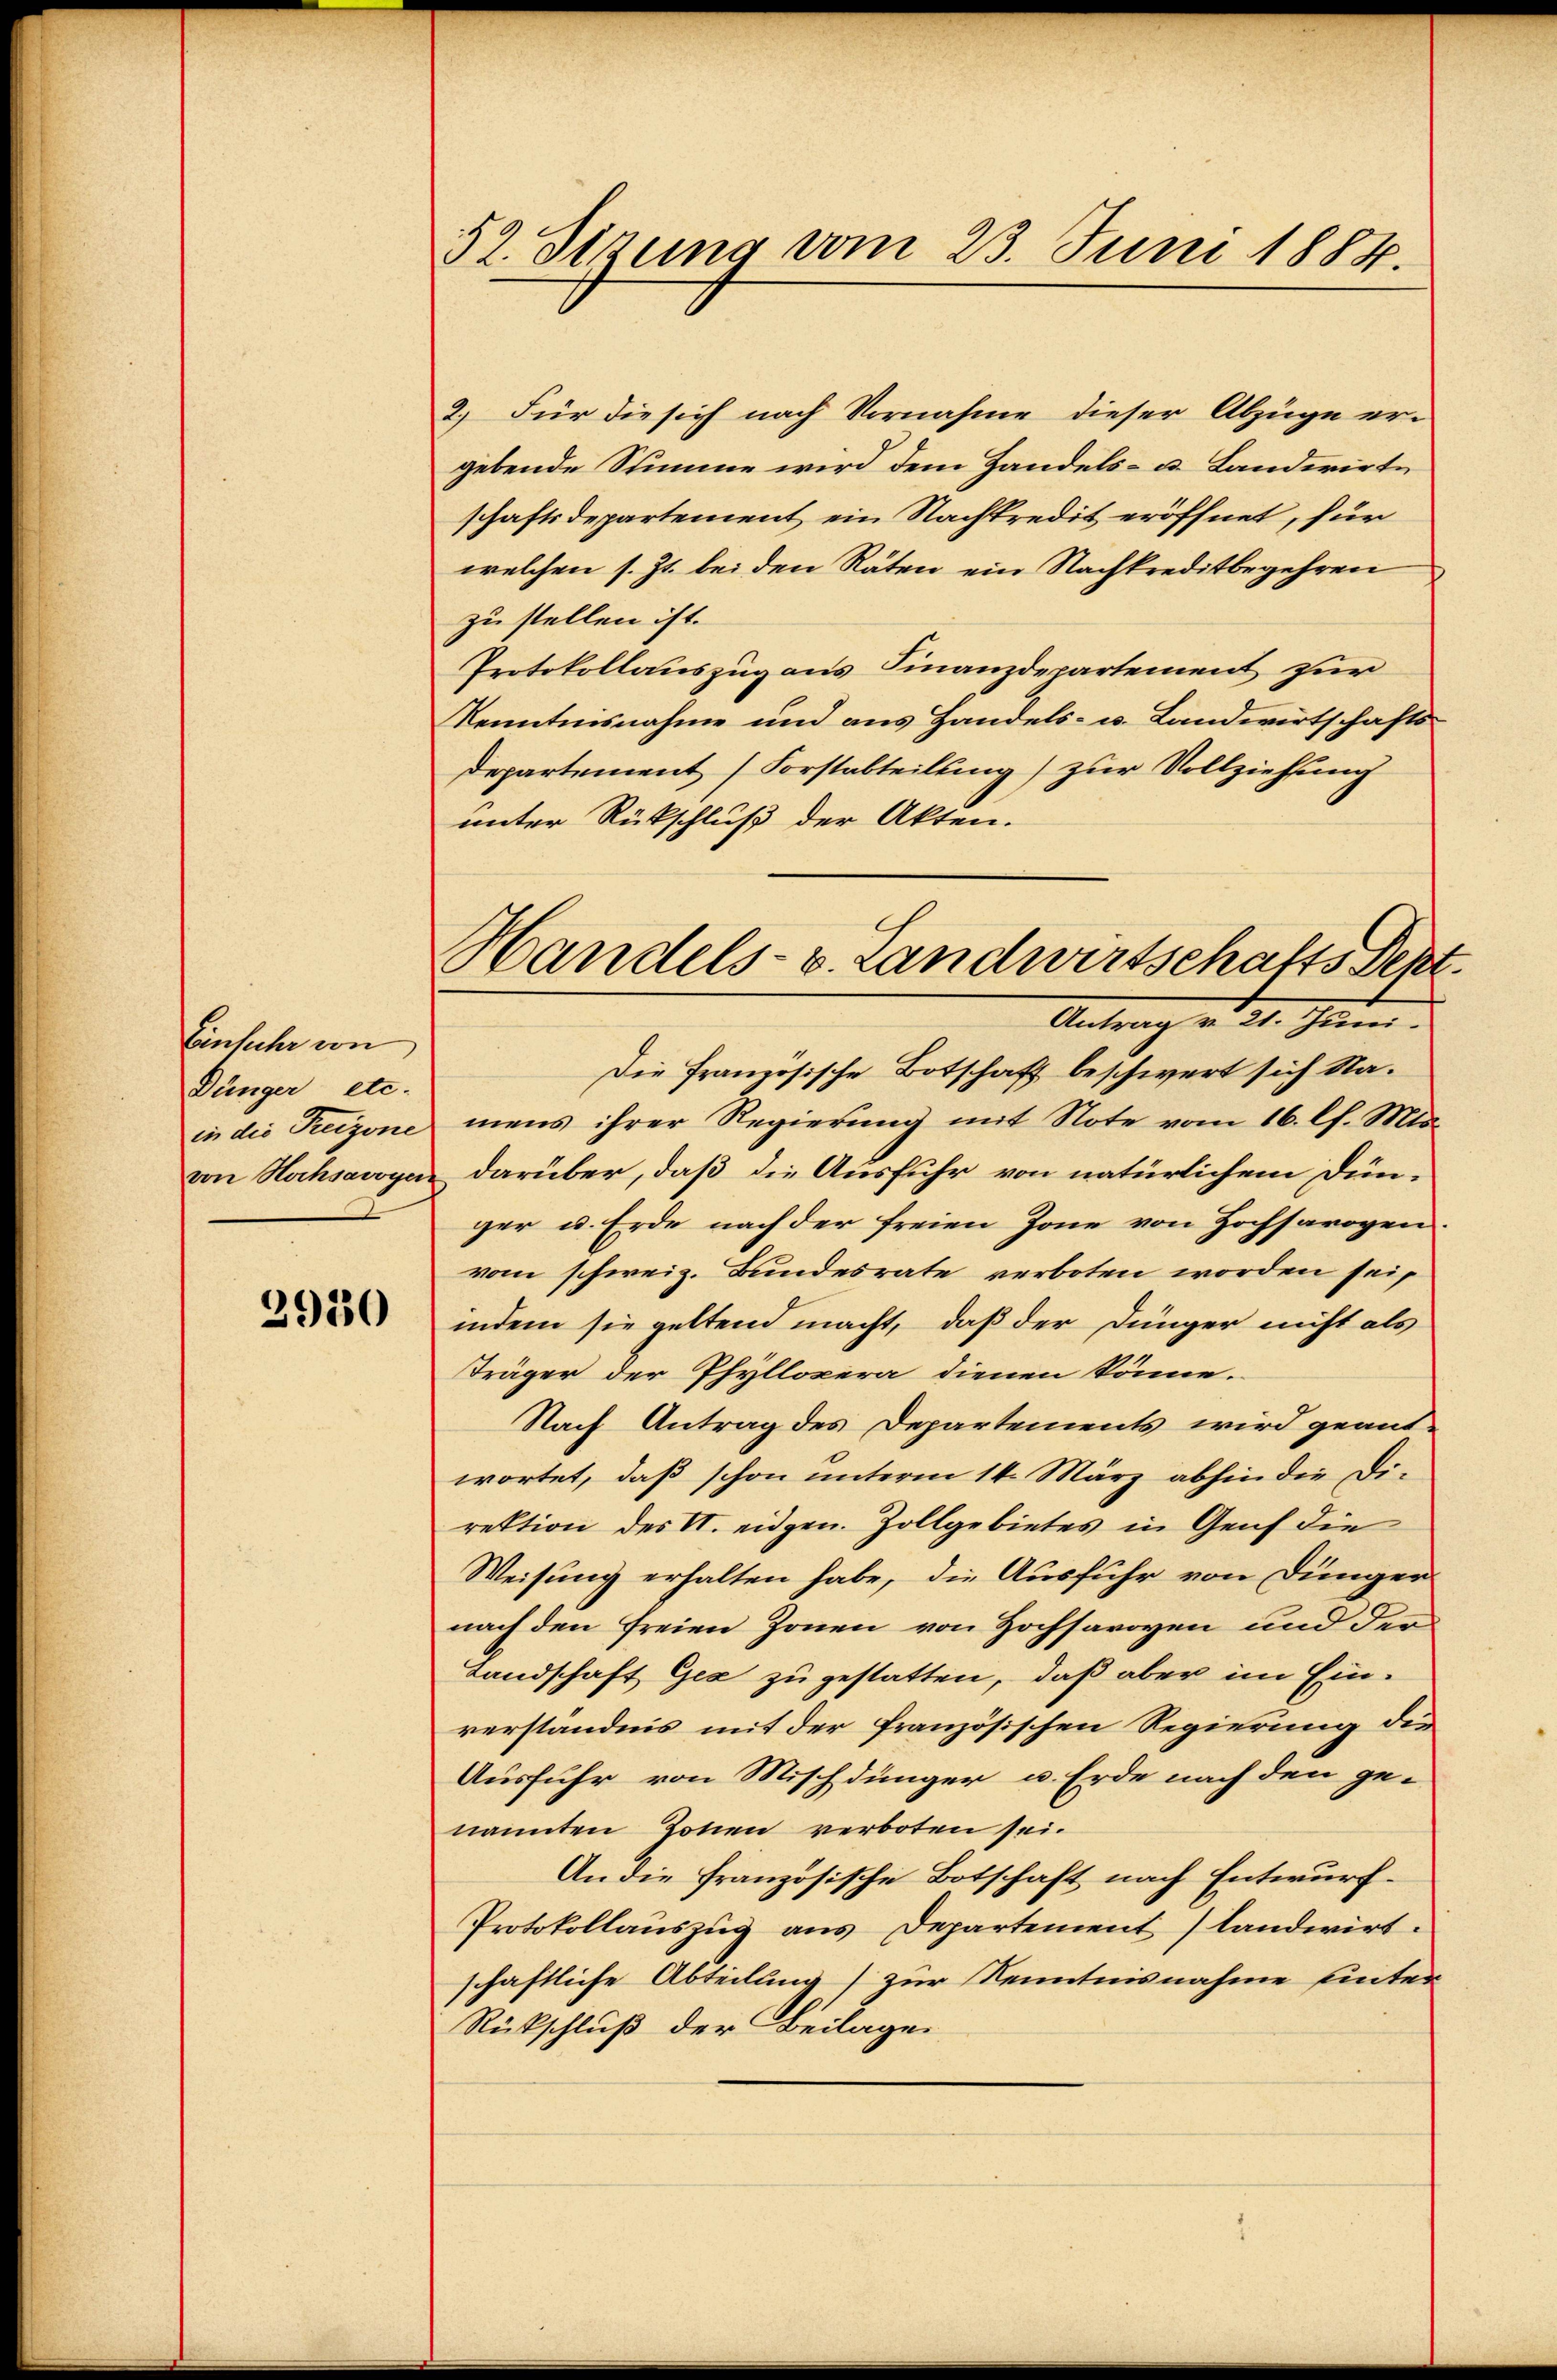
Einsiche von
Dünger etc.

2930

52. Sizung vom 23. Juni 1884.

2.) Für die sich nach Vornahme dieser Abzüge ergebende Stimme wird dem Handels- u. Landerirte
schaftsdepartement ein Nachtredit eröffnet, für
welchen s. Zt. bei den Räten ein Nachkreditbegehren
zu stellen ist.
Protokollauszug aus Finanzdepartement zur
Kenntnisnahme und aus Handels- u. Landwirtschafts¬
Departement (Forstabteilung) zur Vollziehung
unter Rückschluß der Akten.
Die Französische Botschaft beschwert sich Nain die Freizone mens ihrer Regierŭng mit Note vom 16. l. Mts.
von Hochsawye darüber, daß die Ausfuhr von natürlichem Dünger u. Erde nach der freien Zone von Hochsarogen
vom schweiz. Bundesrate verboten worden sei,
indem sie geltend macht, daß der Jünger nicht als
Träger der Phyllopera dienen könne.
Nach Antrag des Departements wird geantwortet, daß schon unterm 14. März abhin die Direktion des II. eidgen. Zollgebietes in Genf die
Weisung erhalten habe, die Ausfuhr von Dünger
nach den freien Zonen von Hochsavoyen und der
Landschaft Gex zu gestatten, daß aber im Einverständnis mit der französischen Regierung die
Ausfuhr von Misch dünger u. Erde nach den genannten Jonen verboten sei.
An die französische Botschaft nach Entwurf.
Protokollauszug aus Departement landwirt.
schaftliche Abteilung) zur Kenntnisnahme hinter
Rückschluß der Beilagen

Handels- v. Landwirtschafts Sept.
Antrag v. 21. Jun.